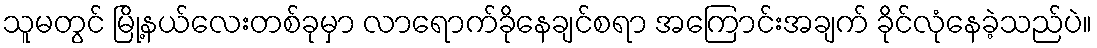
သူမတွင် မြို့နယ်လေးတစ်ခုမှာ လာရောက်ခိုနေချင်စရာ အကြောင်းအချက် ခိုင်လုံနေခဲ့သည်ပဲ။